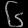
Digit: ၆